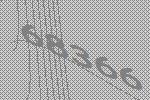
68366